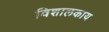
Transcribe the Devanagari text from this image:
विशालकाय